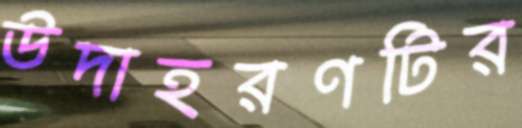
উদাহরণটির